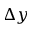
\Delta y